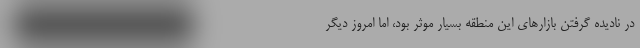
در نادیده گرفتن بازارهای این منطقه بسیار موثر بود، اما امروز دیگر